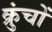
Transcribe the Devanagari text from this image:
क्रुंचों